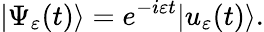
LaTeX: |\Psi_{\varepsilon}(t)\rangle=e^{-i\varepsilon t}|u_{\varepsilon}(t)\rangle.